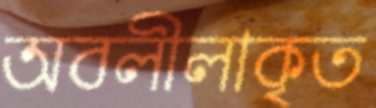
অবলীলাকৃত